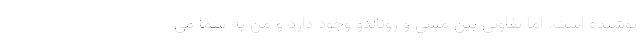
پوشیده است. اما تفاوتی بین مسی و رونالدو وجود دارد و من به شما می